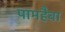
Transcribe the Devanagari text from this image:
पामहैबा